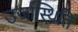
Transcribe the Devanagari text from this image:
उर्जास्थिति